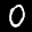
Label: 0